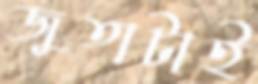
জুতাটাই